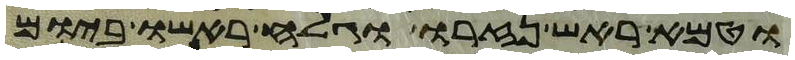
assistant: וטמא ראש נזרו וגלח ראשו ביום